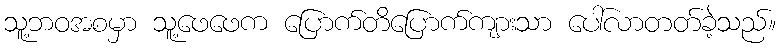
သူ့ဘဝအစမှာ သူ့ဖေဖေက ပြောက်တိပြောက်ကျားသာ ပေါ်လာတတ်ခဲ့သည်။